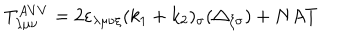
LaTeX: T _ { \lambda \mu \nu } ^ { A V V } = 2 \varepsilon _ { \lambda \mu \nu \xi } ( k _ { 1 } + k _ { 2 } ) _ { \sigma } ( \triangle _ { \xi \sigma } ) + N A T